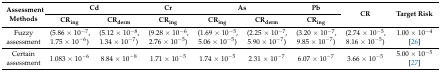
<table><thead><tr><td rowspan="2"><b>Assessment Methods</b></td><td colspan="2"><b>Cd</b></td><td><b>Cr</b></td><td colspan="2"><b>As</b></td><td><b>Pb</b></td><td rowspan="2"><b>CR</b></td><td rowspan="2"><b>Target Risk</b></td></tr><tr><td><b>CR<sub>ing</sub></b></td><td><b>CR<sub>derm</sub></b></td><td><b>CR<sub>ing</sub></b></td><td><b>CR<sub>ing</sub></b></td><td><b>CR<sub>derm</sub></b></td><td><b>CR<sub>ing</sub></b></td></tr></thead><tbody><tr><td>Fuzzy assessment</td><td>(5.86 × 10<sup>−7</sup>, 1.75 × 10<sup>−6</sup>)</td><td>(5.12 × 10<sup>−8</sup>, 1.34 × 10<sup>−7</sup>)</td><td>(9.28 × 10<sup>−6</sup>, 2.76 × 10<sup>−5</sup>)</td><td>(1.69 × 10<sup>−5</sup>, 5.06 × 10<sup>−5</sup>)</td><td>(2.25 × 10<sup>−7</sup>, 5.90 × 10<sup>−7</sup>)</td><td>(3.20 × 10<sup>−7</sup>, 9.85 × 10<sup>−7</sup>)</td><td>(2.74 × 10<sup>−5</sup>, 8.16 × 10<sup>−5</sup>)</td><td>1.00 × 10<sup>−4</sup> [26]</td></tr><tr><td>Certain assessment</td><td>1.083 × 10<sup>−6</sup></td><td>8.84 × 10<sup>−8</sup></td><td>1.71 × 10<sup>−5</sup></td><td>1.74 × 10<sup>−5</sup></td><td>2.31 × 10<sup>−7</sup></td><td>6.07 × 10<sup>−7</sup></td><td>3.66 × 10<sup>−5</sup></td><td>5.00 × 10<sup>−5</sup> [27]</td></tr></tbody></table>